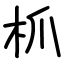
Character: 枛